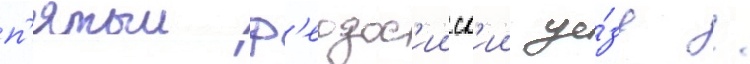
п'ятыи ф'еодос'ииск'ии уе́зд /